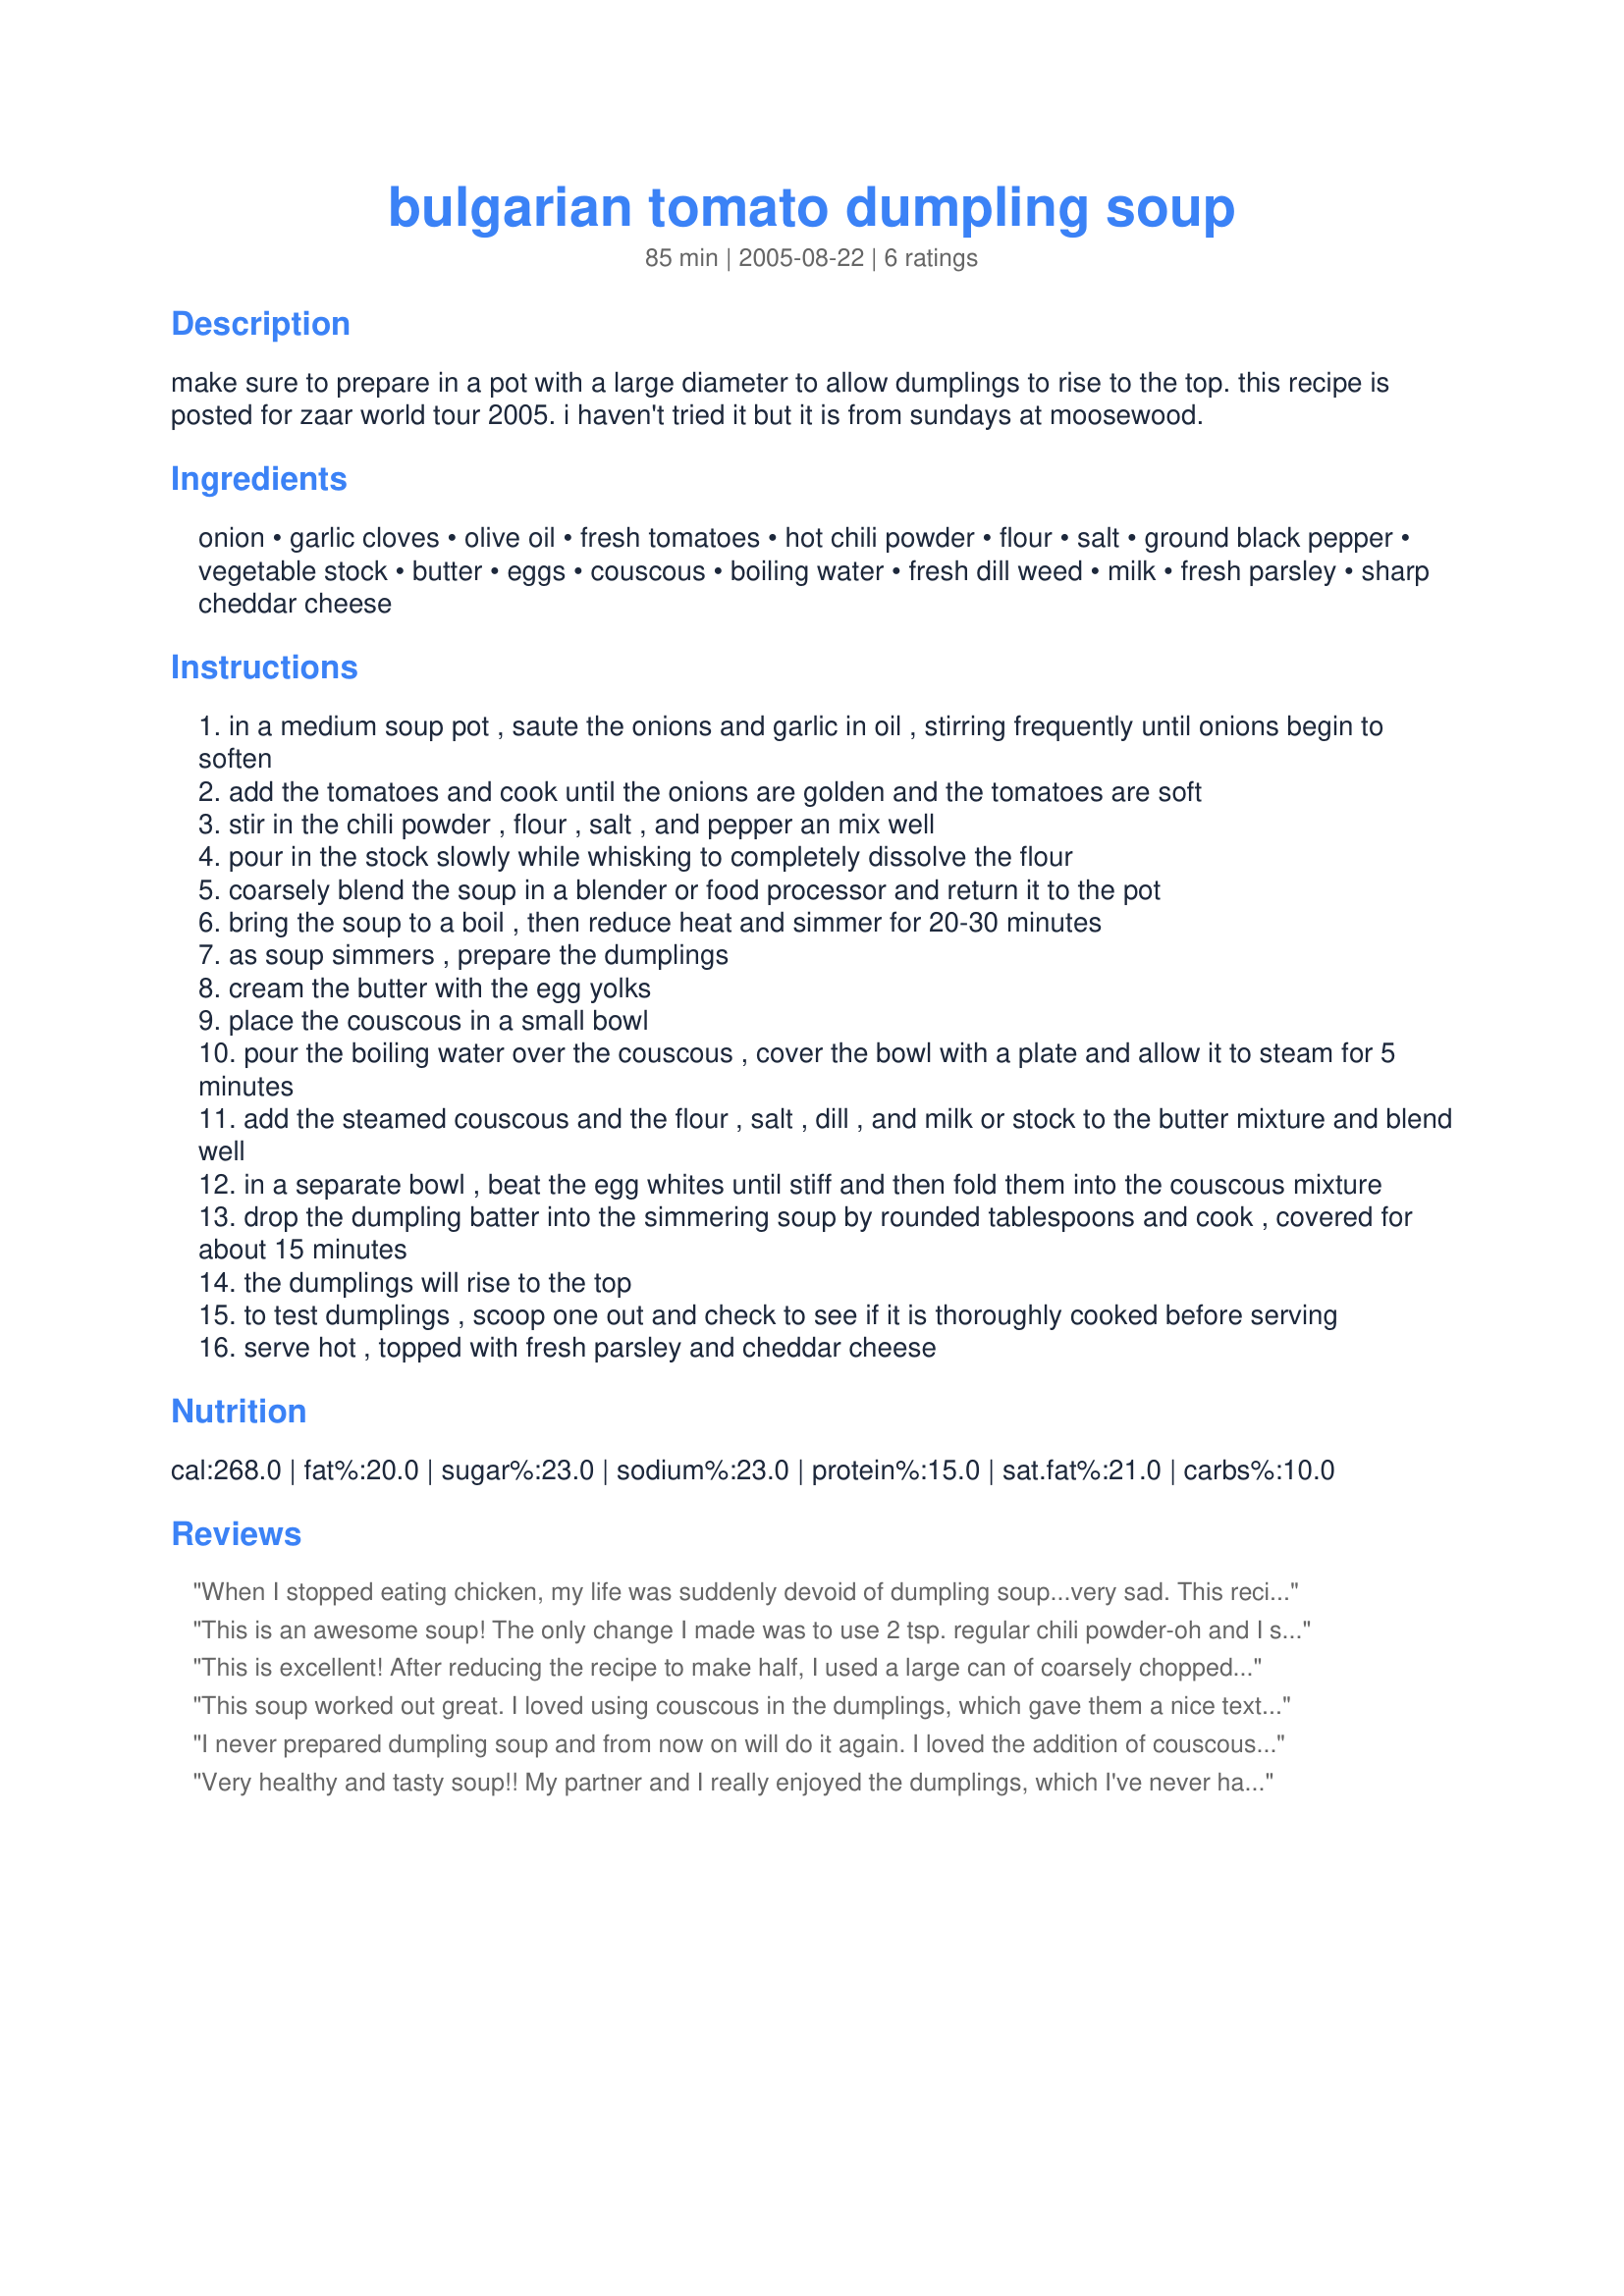
bulgarian tomato dumpling soup
Preparation time: 85 minutes

make sure to prepare in a pot with a large diameter to allow dumplings to rise to the top. this recipe is posted for zaar world tour 2005. i haven't tried it but it is from sundays at moosewood.

Ingredients:
onion, garlic cloves, olive oil, fresh tomatoes, hot chili powder, flour, salt, ground black pepper, vegetable stock, butter, eggs, couscous, boiling water, fresh dill weed, milk, fresh parsley, sharp cheddar cheese

Steps:
in a medium soup pot , saute the onions and garlic in oil , stirring frequently until onions begin to soften
add the tomatoes and cook until the onions are golden and the tomatoes are soft
stir in the chili powder , flour , salt , and pepper an mix well
pour in the stock slowly while whisking to completely dissolve the flour
coarsely blend the soup in a blender or food processor and return it to the pot
bring the soup to a boil , then reduce heat and simmer for 20-30 minutes
as soup simmers , prepare the dumplings
cream the butter with the egg yolks
place the couscous in a small bowl
pour the boiling water over the couscous , cover the bowl with a plate and allow it to steam for 5 minutes
add the steamed couscous and the flour , salt , dill , and milk or stock to the butter mixture and blend well
in a separate bowl , beat the egg whites until stiff and then fold them into the couscous mixture
drop the dumpling batter into the simmering soup by rounded tablespoons and cook , covered for about 15 minutes
the dumplings will rise to the top
to test dumplings , scoop one out and check to see if it is thoroughly cooked before serving
serve hot , topped with fresh parsley and cheddar cheese

Reviews:
When I stopped eating chicken, my life was suddenly devoid of dumpling soup...very sad. This recipe fills that empty place in my recipe collection, and it is really good. One note - I thought the dumplings got really gummy when I reheated the soup, so it didn't make great leftovers.
This is an awesome soup! The only change I made was to use 2 tsp. regular chili powder-oh and I spaced out and used 1/3 c couscous and 1/3 c. water. Still delicious. The batter is thinner than usual dumplings, but cook up perfectly. Thanks for this recipe-I love it!
This is excellent! After reducing the recipe to make half, I used a large can of coarsely chopped yellow plum tomatoes found on sale. I didn't puree as directed in step 5 as I liked the chunkiness so left the soup as it was. Using couscous in dumplings was new to me, but it worked fine. The dumplings were light, tasted great, and held together well. The addition at the end of grated cheese & fresh parsley really added to the dish too. All in all a great meal! I will make this one again. Thanks Bunny Mom!!!
This soup worked out great. I loved using couscous in the dumplings, which gave them a nice texture. The dill in the dumplings was fantastic as well. The consistancy of the soup was great, but even though I only added the 2 tsp chili powder we found it too spicy. Next time I would decrease the chili powder to 1 tsp or so. Otherwise, we really enjoyed this. Thanks Ms*Bindy!
I never prepared dumpling soup and from now on will do it again. I loved the addition of couscous and dill in these dumplings!<br/>This was very tasty and perfect in such cold days!<br/>A big thank for this great recipe.
Very healthy and tasty soup!! My partner and I really enjoyed the dumplings, which I've never had with tomato soup before! This is quite a pleasant departure from my tried and true basil tomato soup (flavored with bay, celery seed and a bit of sugar), but well worth a try! Thanks for sharing!
